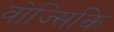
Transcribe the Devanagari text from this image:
वोज्सिकि